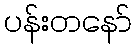
ပန်းတနော်